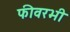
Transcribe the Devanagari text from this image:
फीवरभी